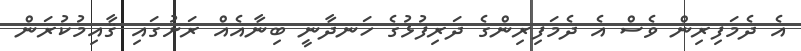
އެ ދެމަފިރިން ވެސް އެ ދެމަފިރިންގެ ދަރިފުޅުގެ ހަނދާނީ ބިނާއެއް ރަށުގައި ޤާއިމުކުރަން